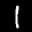
Digit: 1